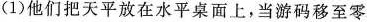
(1)他们把天平放在水平桌面上，当游码移至零